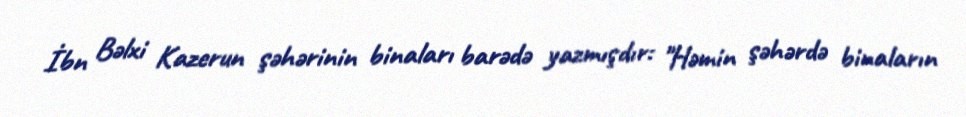
İbn Bəlxi Kazerun şəhərinin binaları barədə yazmışdır: "Həmin şəhərdə binaların